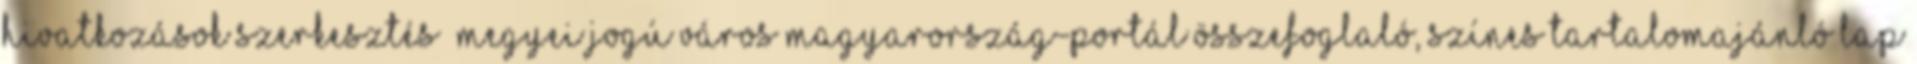
hivatkozások szerkesztés Megyei jogú város Magyarország-portál összefoglaló, színes tartalomajánló lap